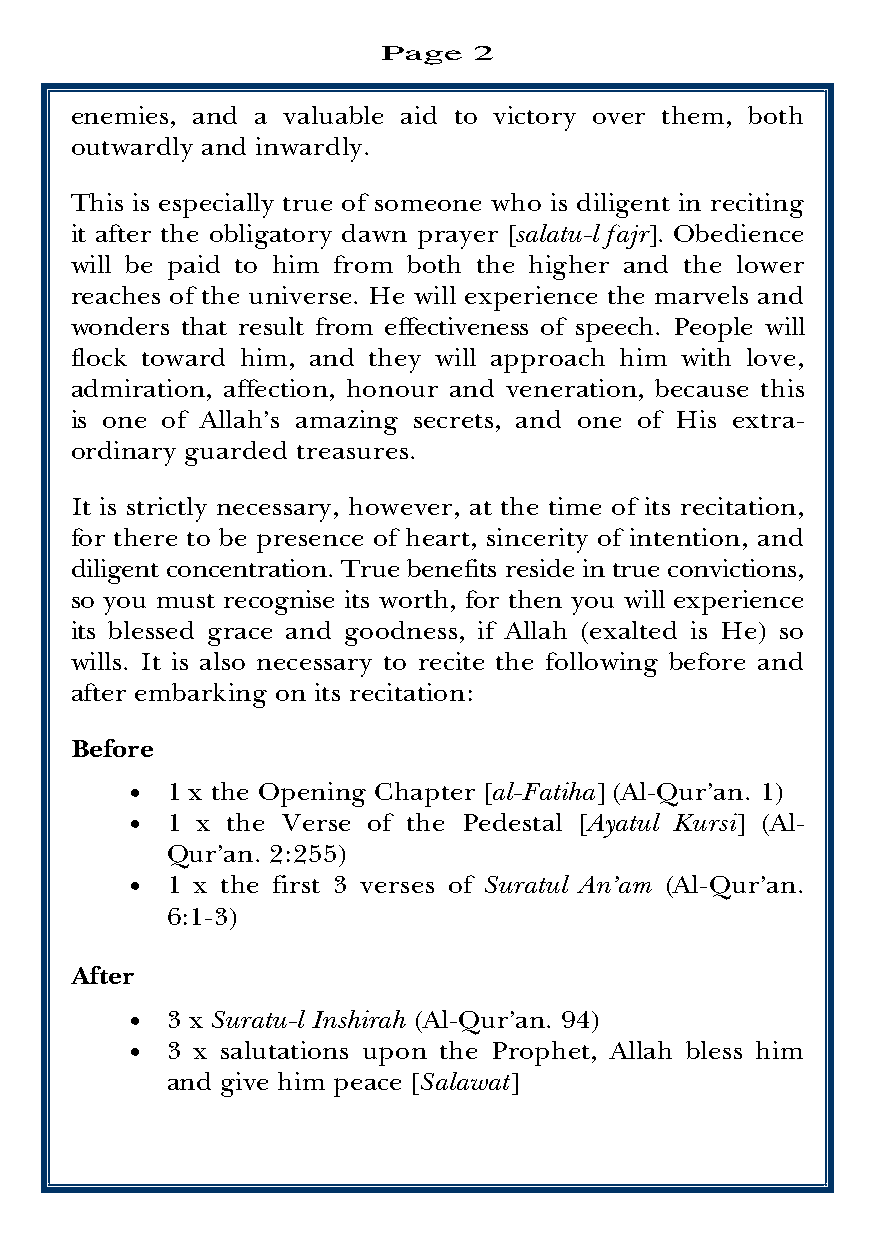
Page  2
 enemies, and a valuable aid to victory over them, both
 outwardly and inwardly.
 This is especially true of someone who is diligent in reciting
 it after the obligatory dawn prayer [salatu-l fajr]. Obedience
 will be paid to him from both the higher and the lower
 reaches of the universe. He will experience the marvels and
 wonders that result from effectiveness of speech. People will
 flock toward him, and they will approach him with love,
 admiration, affection, honour and veneration, because this
 is one of Allah’s amazing secrets, and one of His extra-
 ordinary guarded treasures.
 It is strictly necessary, however, at the time of its recitation,
 for there to be presence of heart, sincerity of intention, and
 diligent concentration. True benefits reside in true convictions,
 so you must recognise its worth, for then you will experience
 its blessed grace and goodness, if Allah (exalted is He) so
 wills. It is also necessary to recite the following before and
 after embarking on its recitation:
 Before
 • 1 x the Opening Chapter [al-Fatiha] (Al-Qur’an. 1)
 • 1 x the Verse of the Pedestal [Ayatul Kursi] (Al-
 Qur’an. 2:255)
 • 1 x the first 3 verses of Suratul An’am (Al-Qur’an.
 6:1-3)
 After
 • 3 x Suratu-l Inshirah (Al-Qur’an. 94)
 • 3 x salutations upon the Prophet, Allah bless him
 and give him peace [Salawat]